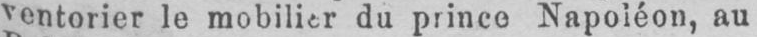
ventorier le mobilier du prince Napoléon, au